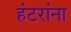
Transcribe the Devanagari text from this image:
हंटरांना